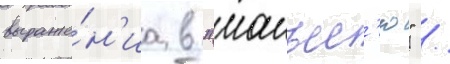
выраже́н'иа в "манъес'ю" /